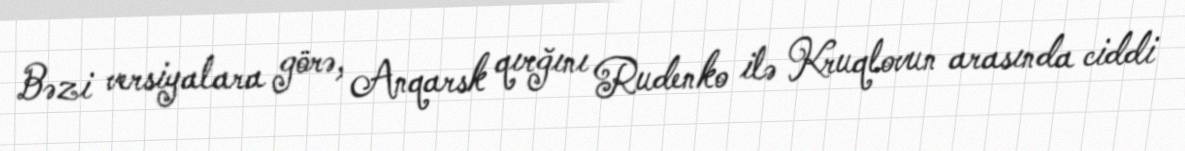
Bəzi versiyalara görə, Anqarsk qırğını Rudenko ilə Kruqlovun arasında ciddi